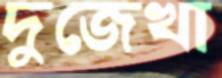
দুজেখা